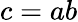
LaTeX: c=ab